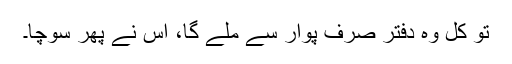
تو کل وہ دفتر صرف پوار سے ملے گا، اس نے پھر سوچا۔